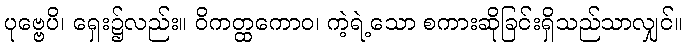
ပုဗ္ဗေပိ၊ ရှေး၌လည်း။ ဝိကတ္ထကောဝ၊ ကဲ့ရဲ့သော စကားဆိုခြင်းရှိသည်သာလျှင်။